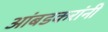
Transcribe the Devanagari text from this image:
आंबडकरांनी